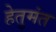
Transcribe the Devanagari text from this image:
हेतुमंत